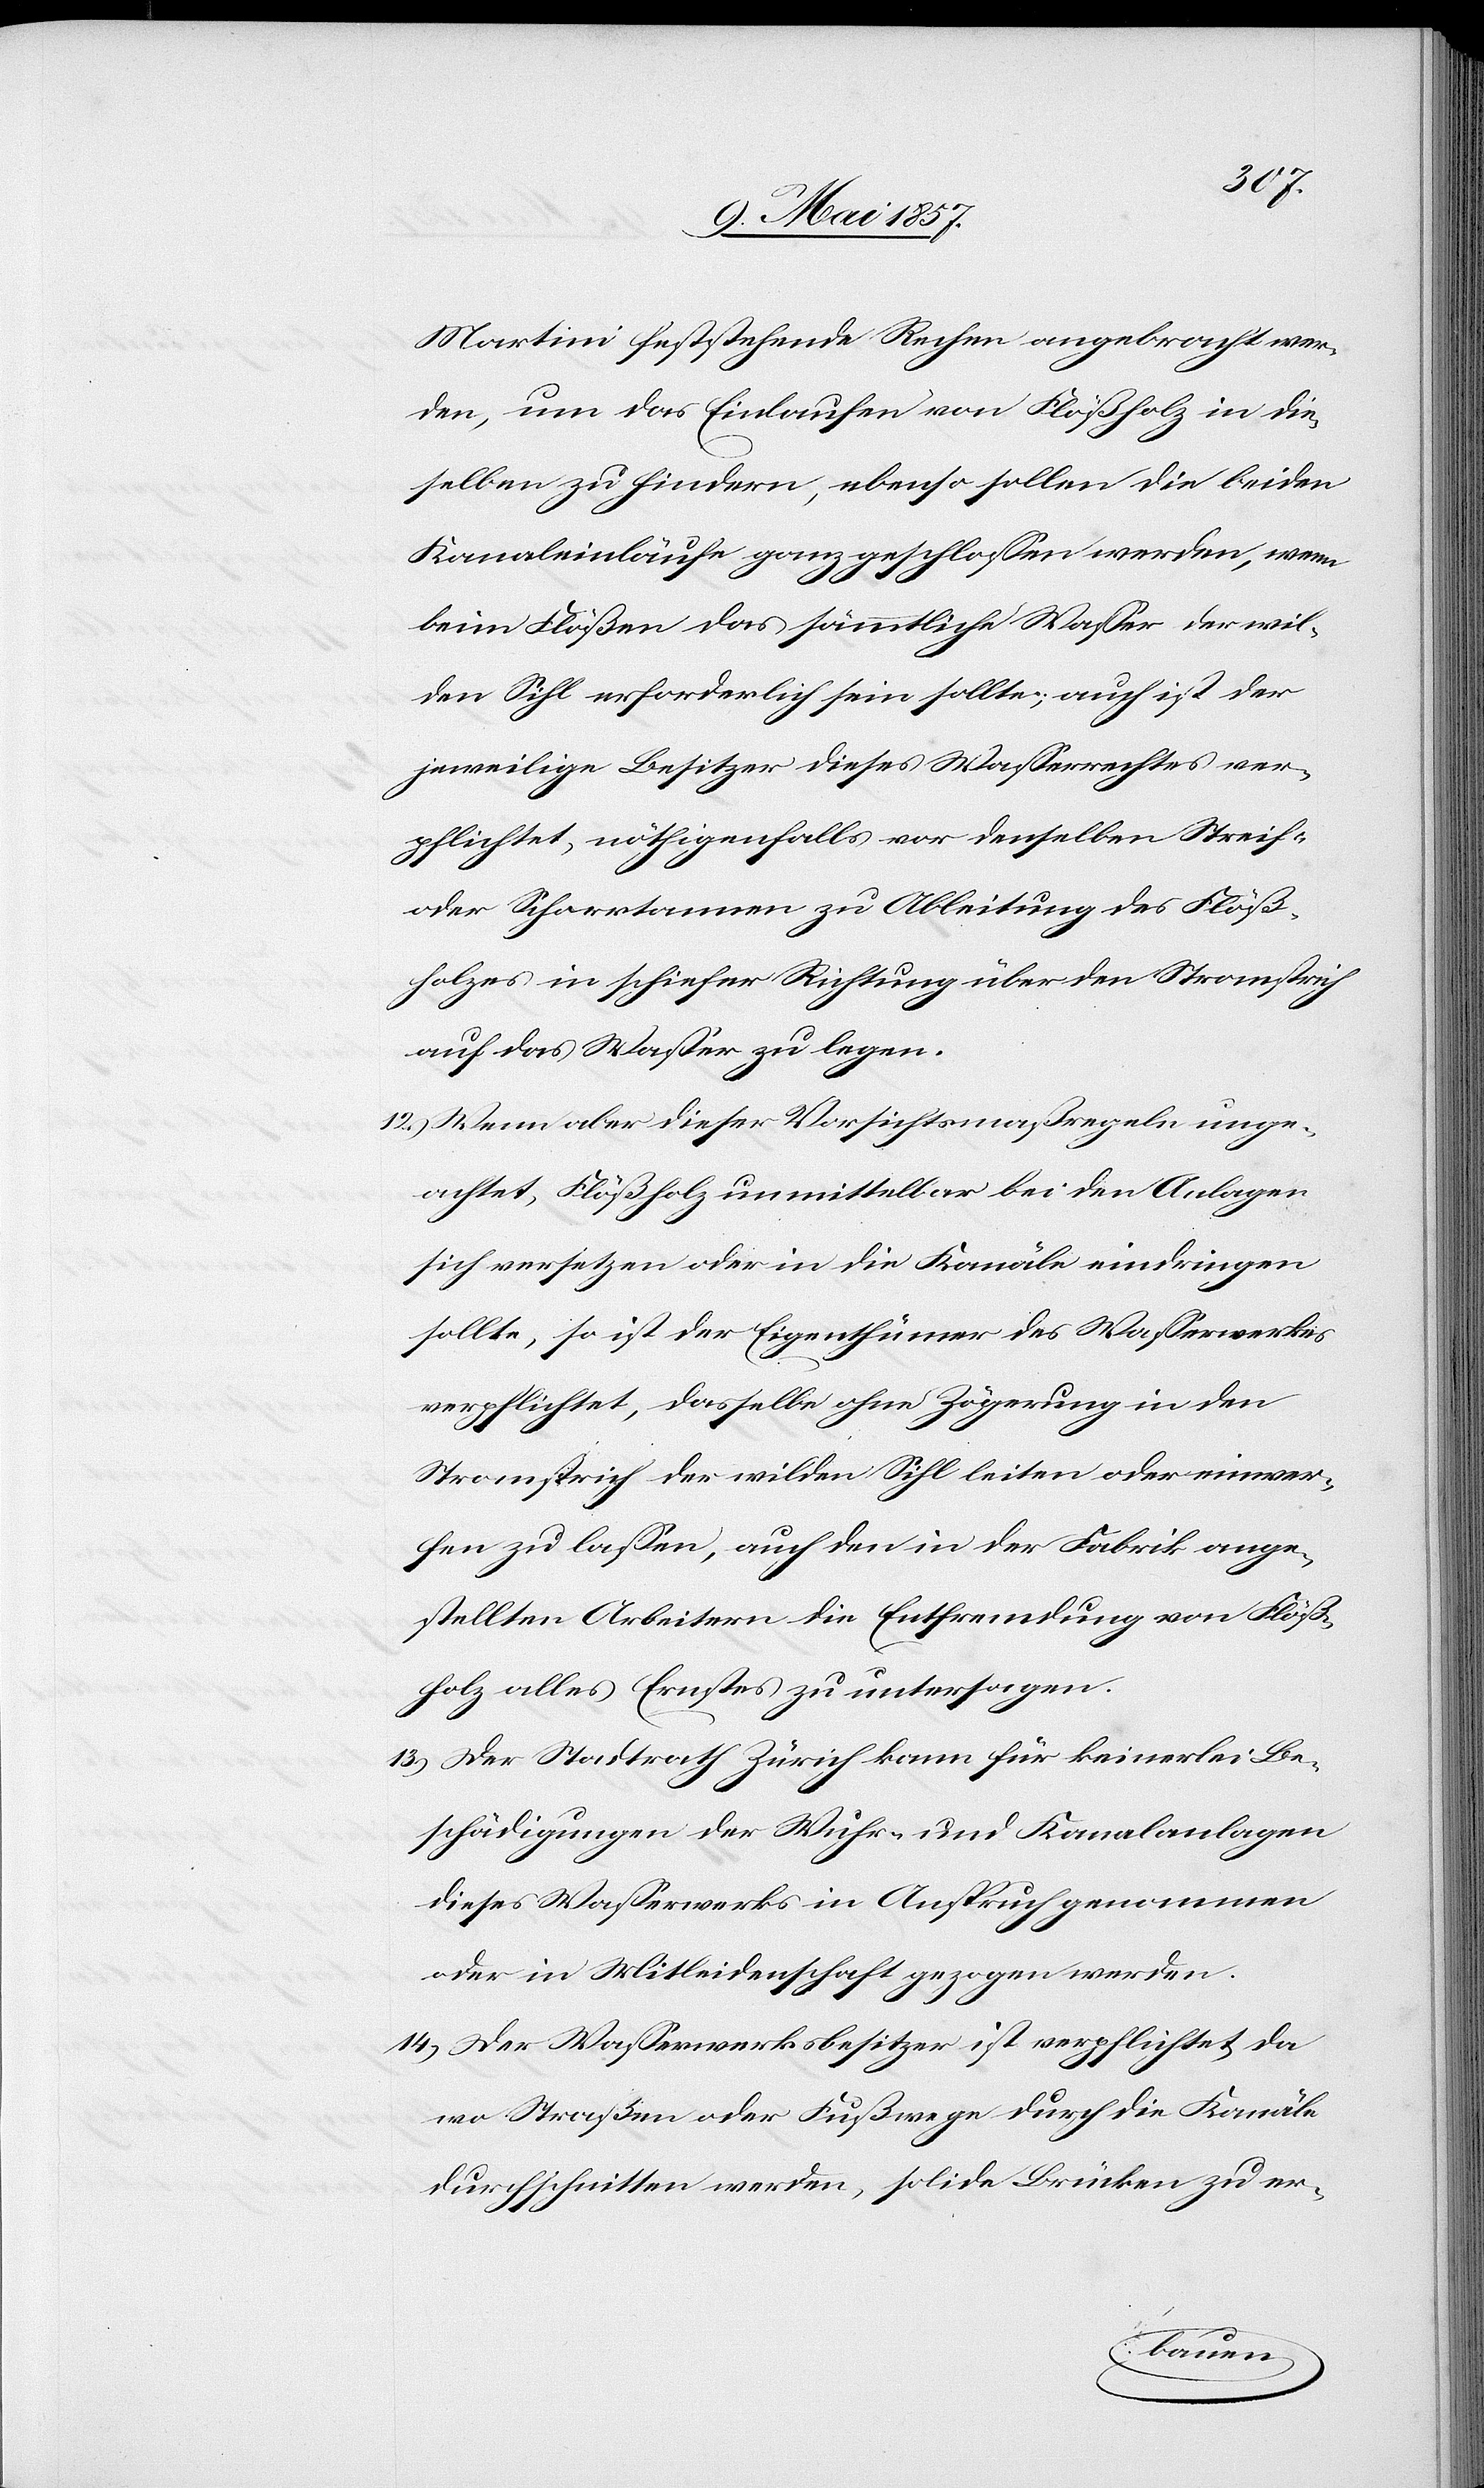
Martini feststehende Rechen angebracht wer¬
den, um das Einlaufen von Flößholz in die¬
selben zu hindern, ebenso sollen die beiden
Kanaleinläufe ganz geschlossen werden, wenn
beim Flößen das sämmtliche Wasser der wil¬
den Sihl erforderlich sein sollte; auch ist der
jeweilige Besitzer dieses Wasserrechtes ver¬
pflichtet, nöthigenfalls vor denselben Streif-
oder Schorrtannen zu Ableitung des Flöß¬
holzes in schiefer Richtung über den Stromstrich
auf das Wasser zu legen.
12.) Wenn aber dieser Vorsichtsmaßregeln unge¬
achtet, Flößholz unmittelbar bei den Anlagen
sich versetzen oder in die Kanäle eindringen
sollte, so ist der Eigenthümer des Wasserwerkes
verpflichtet, dasselbe ohne Zögerung in den
Stromstrich der wilden Sihl leiten oder einwer¬
fen zu lassen, auch den in der Fabrik ange¬
stellten Arbeitern die Entfremdung von Flöß¬
holz alles Ernstes zu untersagen.
13.) Der Stadtrath Zürich kann für keinerlei Be¬
schädigungen der Wuhr- und Kanalanlagen
dieses Wasserwerkes in Anspruch genommen
oder in Mitleidenschaft gezogen werden.
14.) Der Wasserwerksbesitzer ist verpflichtet da
wo Straßen oder Fußwege durch die Kanäle
durchschnitten werden, solide Brücken zu er-